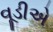
વૂડીએ